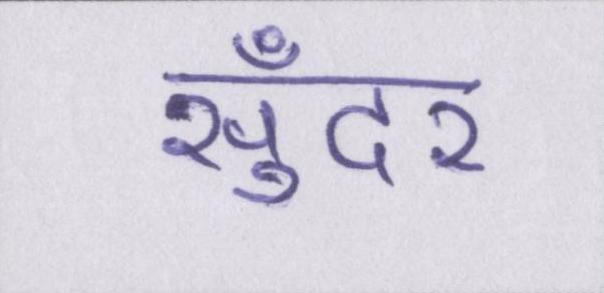
सुँदर